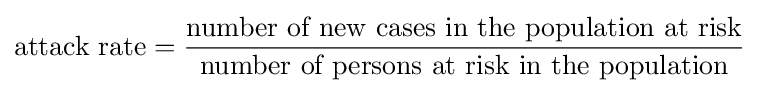
{\mbox{attack rate}}={\frac {\mbox{number of new cases in the population at risk}}{\mbox{number of persons at risk in the population}}}